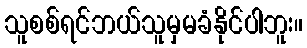
သူစစ်ရင်ဘယ်သူမှမခံနိုင်ပါဘူး။